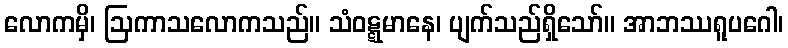
လောကမှိ၊ ဩကာသလောကသည်။ သံဝဋ္ဋမာနေ၊ ပျက်သည်ရှိသော်။ အာဘဿရူပဂေါ၊